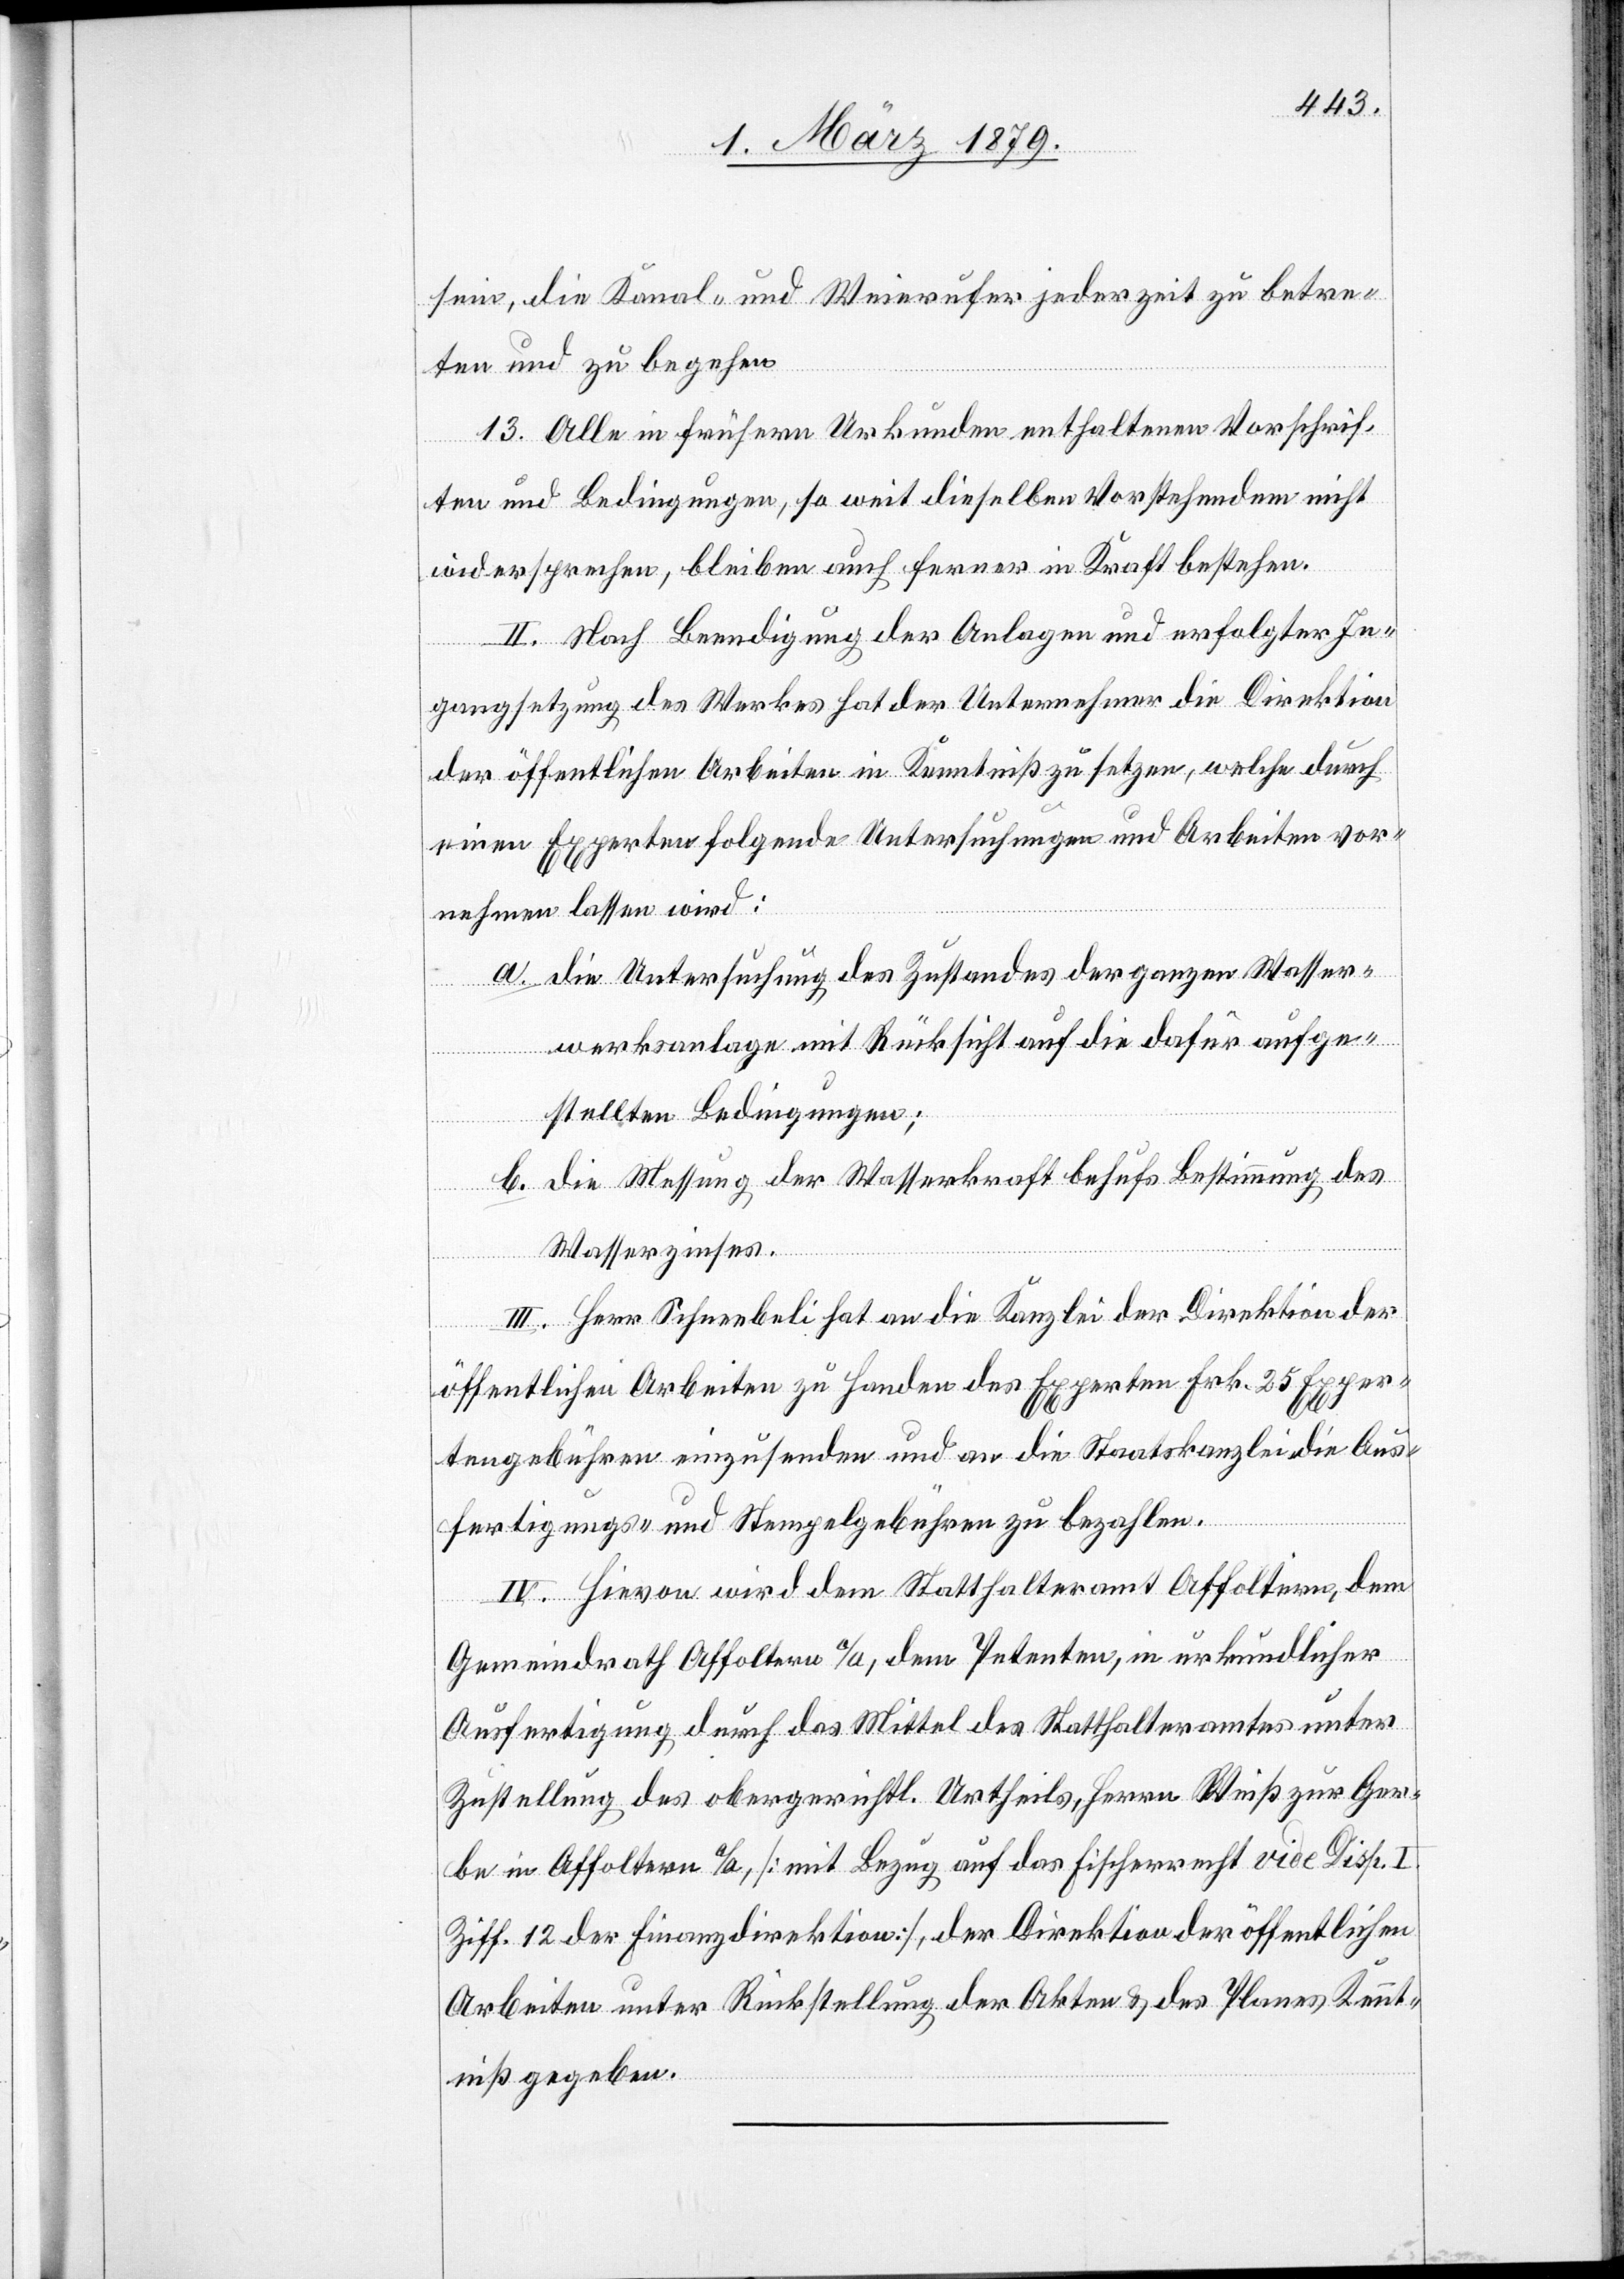
sein, die Kanal- und Weierufer jederzeit zu betre¬
ten und zu begehen.
13. Alle in frühern Urkunden enthaltenen Vorschrif¬
ten und Bedingungen, so weit dieselben Vorstehendem nicht
widersprechen, bleiben auch ferner in Kraft bestehen.
II. Nach Beendigung der Anlagen und erfolgter In¬
gangsetzung des Werkes hat der Unternehmer die Direktion
der öffentlichen Arbeiten in Kenntniß zu setzen, welche durch
einen Experten folgende Untersuchungen und Arbeiten vor¬
nehmen lassen wird:
a. die Untersuchung des Zustandes der ganzen Wasser¬
werksanlage mit Rücksicht auf die dafür aufge¬
stellten Bedingungen;
b. die Messung der Wasserkraft behufs Bestimmung des
Wasserzinses.
III. Herr Schneebeli hat an die Kanzlei der Direktion der
öffentlichen Arbeiten zu Handen des Experten Frk. 25 Exper¬
tengebühren einzusenden und an die Staatskanzlei Aus¬
fertigungs- und Stempelgebühren zu bezahlen.
IV. Hievon wird dem Statthalteramt Affoltern, dem
Gemeindrath Affoltern a/A., dem Petenten, in urkundlicher
Ausfertigung durch das Mittel des Statthalteramtes unter
Zustellung des obergerichtl. Urhteils, Herrn Weiß zur Ger¬
be in Affoltern a/A., [mit Bezug auf das Fischerrecht vide Disp. I
Ziff. 12 der Finanzdirektion], der Direktion der öffentlichen
Arbeiten unter Rückstellung der Akten & des Planes Kennt¬
niß gegeben.